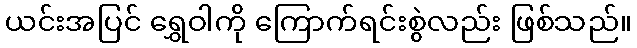
ယင်းအပြင် ရွှေဝါကို ကြောက်ရင်းစွဲလည်း ဖြစ်သည်။